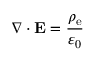
\nabla \cdot \mathbf { E } = { \frac { \rho _ { \mathrm { e } } } { \varepsilon _ { 0 } } }